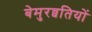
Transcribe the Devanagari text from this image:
बेमुरव्वतियों